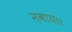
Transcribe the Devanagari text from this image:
नवाय।।